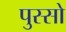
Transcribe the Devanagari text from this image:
पुस्सो